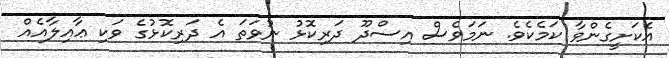
އެކަށީގެންވާ ކަމެކެވެ. ނަމަވެސް އިސްދޫ ދަރިކޮޅު ނުވަތަ އެ ދަރިކޮޅުގެ ވަކި ޢާއިލާއެއް